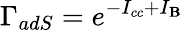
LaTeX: \Gamma_{adS}=e^{-I_{cc}+I_{\mathbf{B}}}